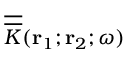
\overline { { \overline { { K } } } } ( { \bf r } _ { 1 } ; { \bf r } _ { 2 } ; \omega )